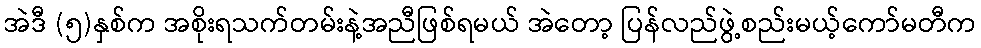
အဲဒီ (၅)နှစ်က အစိုးရသက်တမ်းနဲ့အညီဖြစ်ရမယ် အဲတော့ ပြန်လည်ဖွဲ့စည်းမယ့်ကော်မတီက